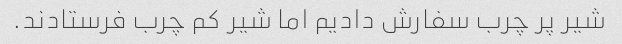
شیر پر چرب سفارش دادیم اما شیر کم چرب فرستادند.